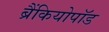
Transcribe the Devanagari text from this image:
ब्रैंकियोपॉड